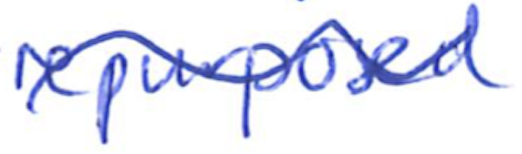
Text: repurposed
Cross-out: wave
Writing tool: ballpoint